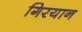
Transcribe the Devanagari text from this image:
गिरयान